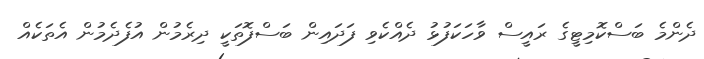
ދެންމެ ބަސްކޮމިޓީގެ ރައީސް ވާހަކަފުޅު ދެއްކެވި ފަދައިން ބަސްފޮތަކީ ދިރެމުން އުފެދެމުން އެތަކެއް